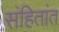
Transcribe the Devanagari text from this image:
संहितांत